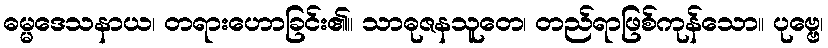
ဓမ္မဒေသနာယ၊ တရားဟောခြင်း၏။ သာဓုဇနသူတေ၊ တည်ရာဖြစ်ကုန်သော။ ပုဗ္ဗေ၊